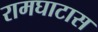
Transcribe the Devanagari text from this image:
रामघाटास